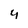
Character: 4